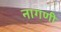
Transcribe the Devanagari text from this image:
नागणी